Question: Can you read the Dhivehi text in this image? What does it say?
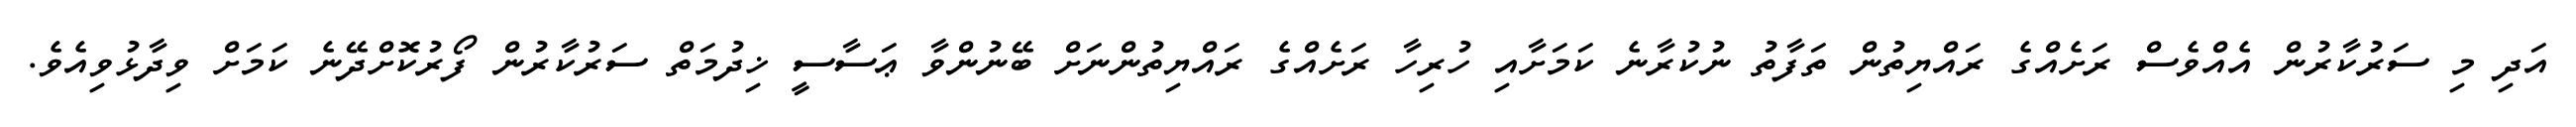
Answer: އަދި މި ސަރުކާރުން އެއްވެސް ރަށެއްގެ ރައްޔިތުން ތަފާތު ނުކުރާނެ ކަމަށާއި ހުރިހާ ރަށެއްގެ ރައްޔިތުންނަށް ބޭނުންވާ ޢަސާސީ ޚިދުމަތް ސަރުކާރުން ފޯރުކޮށްދޭނެ ކަމަށް ވިދާޅުވިއެވެ.